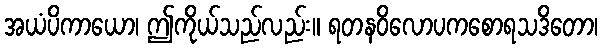
အယံပိကာယော၊ ဤကိုယ်သည်လည်း။ ရတနဝိလောပကစောရသဒိတော၊